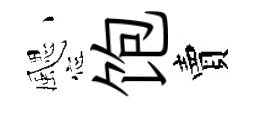
颸饱賣